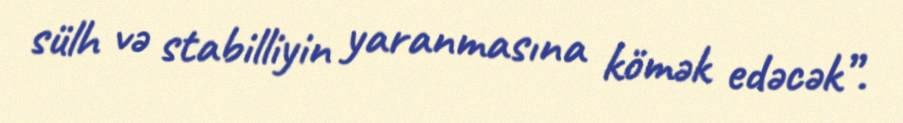
sülh və stabilliyin yaranmasına kömək edəcək”.